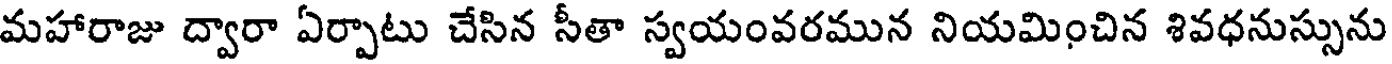
మహారాజు ద్వారా ఏర్పాటు చేసిన సీతా స్వయంవరమున నియమించిన శివధనుస్సును